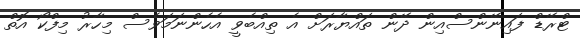
ޓްރޭޑް ފައިނޭންސްއިން ދޭން ތައްޔާރަށް އެ ތިއްބެވީ އެހެންނަމަވެސް މިހާރު މިފްކޯ އޮތް